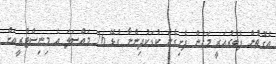
އެގޮތުން ފެބްރުއަރީ މަހުން ފެށިގެން ކުޑަކުދިންނާ ގުޅޭ 26 މައްސަލަ އެ މިނިސްޓްރީއަށް